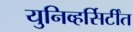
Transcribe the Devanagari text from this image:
युनिव्हर्सिर्टींत